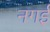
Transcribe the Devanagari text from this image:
नगई